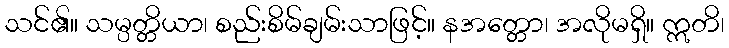
သင်၏။ သမ္ပတ္တိယာ၊ စည်းစိမ်ချမ်းသာဖြင့်။ နအတ္တော၊ အလိုမရှိ။ ဣတိ၊